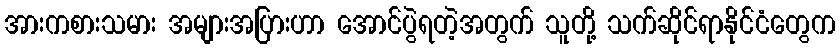
အားကစားသမား အများအပြားဟာ အောင်ပွဲရတဲ့အတွက် သူတို့ သက်ဆိုင်ရာနိုင်ငံတွေက